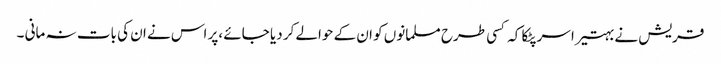
قریش نے بہتیرا سر پٹکا کہ کسی طرح مسلمانوں کو ان کے حوالے کر دیا جائے ،پر اس نے ان کی بات نہ مانی ۔